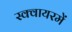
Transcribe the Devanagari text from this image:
स्क्वायरमें